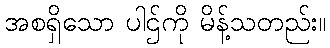
အစရှိသော ပါဌ်ကို မိန့်သတည်း။